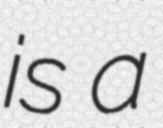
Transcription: is a